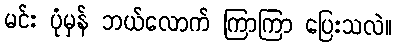
မင်း ပုံမှန် ဘယ်လောက် ကြာကြာ ပြေးသလဲ။